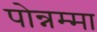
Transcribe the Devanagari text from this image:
पोन्नम्मा